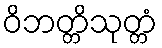
ဝိဘတ္တိသုတ္တံ